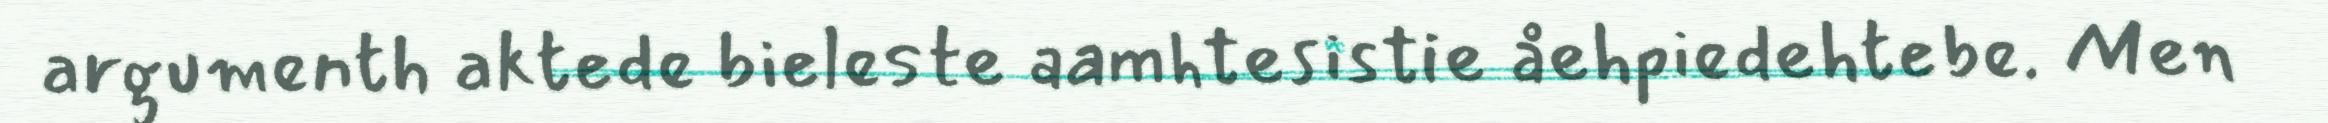
argumenth aktede bieleste aamhtesistie åehpiedehtebe. Men